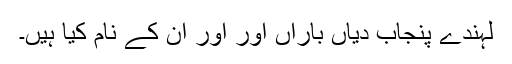
لہندے پنجاب دیاں باراں اور اور ان کے نام کیا ہیں۔